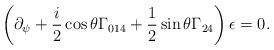
LaTeX: \begin{align*}\left( \partial_\psi +\frac{i}{2}\cos \theta \Gamma _{014}+\frac{1}{2}\sin\theta \Gamma _{24}\right) \epsilon =0.\end{align*}